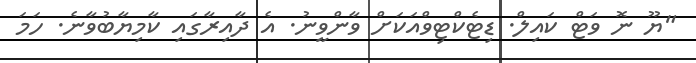
"ޔޫ ނޮ ވަޓް ކައިލް. ޑިޓެކްޓިވްއަކަށް ވާންވީނު. އެ ދާއިރާގައި ކާމިޔާބުވާނެ. ހަމަ